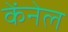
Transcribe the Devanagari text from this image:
केंनेल